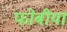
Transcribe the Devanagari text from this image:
फोबीया